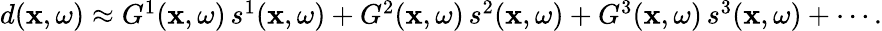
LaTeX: \begin{array}{r}{d(\mathbf{x},\omega)\approx G^{1}(\mathbf{x},\omega)\, s^{1}(\mathbf{x},\omega)+G^{2}(\mathbf{x},\omega)\, s^{2}(\mathbf{x},\omega)+G^{3}(\mathbf{x},\omega)\, s^{3}(\mathbf{x},\omega)+\cdots.}\end{array}